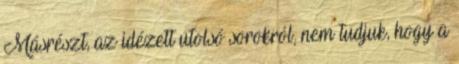
Másrészt, az idézett utolsó sorokról, nem tudjuk, hogy a